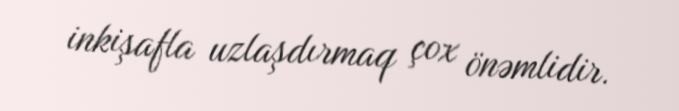
inkişafla uzlaşdırmaq çox önəmlidir.